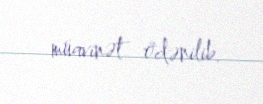
müavinət ödənilib.